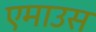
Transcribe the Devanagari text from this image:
एमाउस